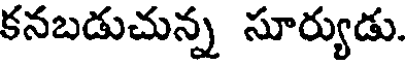
కనబడుచున్న సూర్యుడు.